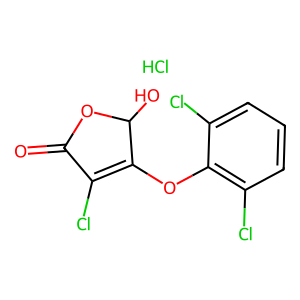
SMILES: Cl.O=C1OC(O)C(Oc2c(Cl)cccc2Cl)=C1Cl
Inhibits HIV replication: No